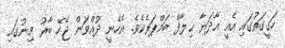
ހަގީގަތުގައި އެއީ އާދަޔާ ޙިލާފް ބަމްޕަރެކެވެ. އެހެނީ ދުއްވަން ޖެހޭ ބާރު މިނުގައި